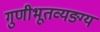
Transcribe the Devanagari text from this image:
गुणीभूतव्यङग्य